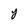
Character: y